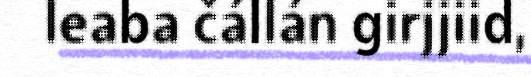
leaba čállán girjjiid,